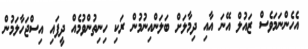
އެހެންނަމަވެސް ޒައުލް އޭނަ އާއި ދިމާލަށް ބަލަންއިނުމުން ރަކި ހިނިތުންވުމެއް ދީފައި އިސްޖަހާލަމުން